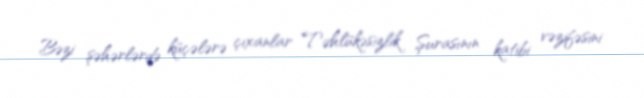
Bəzi şəhərlərdə küçələrə çıxanlar Təhlükəsizlik Şurasının katibi vəzifəsini